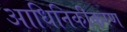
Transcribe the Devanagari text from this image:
आधिनिकीकरण